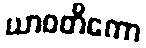
ယာဝတိကော